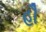
હૌ